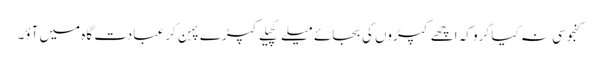
کنجوسی نہ کیا کرو کہ اچھے کپڑوں کی بجائے میلے کچیلے کپڑے پہن کر عبادت گاہ میں آؤ۔